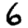
Digit: 6